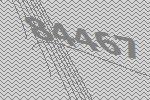
84467